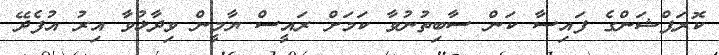
ކޮރަޕްޝަންގެ ފައިސާ ކަން ސާބިތުނުވާ ކަމަށް ރައީސް ޔާމީން ވިދާޅުވާ އިރު އުފެދޭ